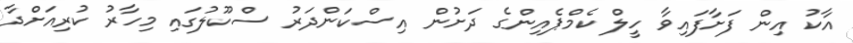
އާކު އިން ފަށާފައިވާ ހީލް ކެމްޕެއިންގެ ދަށުން އިސްކަންދަރު ސްކޫލުގައި މިހާރު ކުރިއަށްދާ